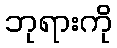
ဘုရားကို